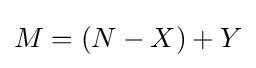
M=(N-X)+Y